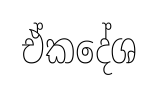
ඒකදේශ